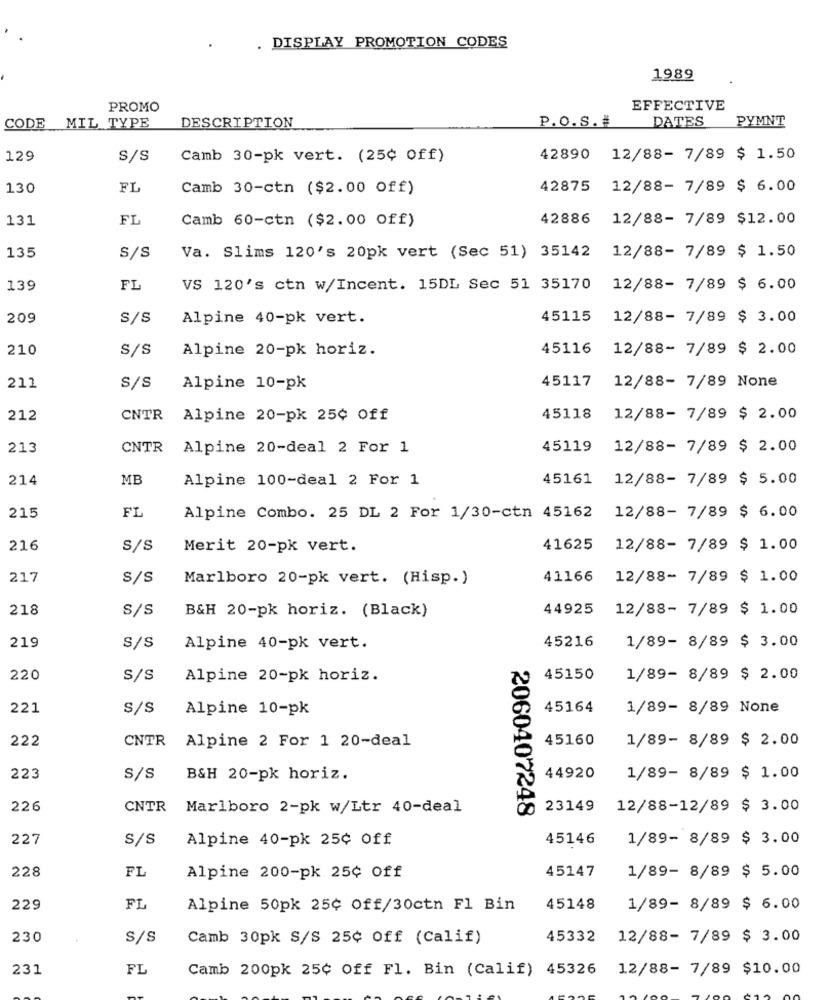
DISPLAY PROMOTION CODES
1989
PROMO
EFFECTIVE
P.O.s.#
DATES
PYMNT
CODE
MIL TYPE
DESCRIPTION
129
S/S
Camb 30-pk vert. (25¢ Off)
42890 12/88- 7/89 $ 1.50
130
FL
Camb 30-ctn ($2.00 Off)
42875 12/88- 7/89 $ 6.00
131
FL
Camb 60-ctn ($2.00 Off)
42886
12/88- 7/89 $12.00
135
Va. Slims 120's 20pk vert (Sec 51) 35142 12/88- 7/89 $ 1.50
S/S
139
FL
VS 120's ctn w/Incent. 15DL Sec 51 35170 12/88- 7/89 $ 6.00
209
S/S
Alpine 40-pk vert.
45115
12/88- 7/89 $ 3.00
210
S/s
Alpine 20-pk horiz.
45116
12/88- 7/89 $ 2.00
45117
12/88- 7/89 None
211
S/S
Alpine 10-pk
212
CNTR Alpine 20-pk 25¢ Off
45118
12/88- 7/89 $ 2.00
213
CNTR Alpine 20-deal 2 For 1
45119
12/88- 7/89 $ 2.00
214
MB
Alpine 100-deal 2 For 1
45161
12/88- 7/89 $ 5.00
215
FL
Alpine Combo. 25 DL 2 For 1/30-ctn 45162
12/88- 7/89 $ 6.00
216
S/s
Merit 20-pk vert.
41625
12/88- 7/89 $ 1.00
217
S/S
Marlboro 20-pk vert. (Hisp.)
41166
12/88- 7/89 $ 1.00
218
s/s
B&H 20-pk horiz. (Black)
44925
12/88- 7/89 $ 1.00
219
S/S
Alpine 40-pk vert.
45216
1/89- 8/89 $ 3.00
220
S/S
Alpine 20-pk horiz.
45150
1/89- 8/89 $ 2.00
221
S/S
Alpine 10-pk
45164
1/89- 8/89 None
222
CNTR
Alpine 2 For 1 20-deal
45160
1/89- 8/89 $ 2.00
223
S/S
B&H 20-pk horiz.
44920
1/89- 8/89 $ 1.00
226
CNTR
Marlboro 2-pk w/Ltr 40-deal
23149
12/88-12/89 $ 3.00
2060407248
227
S/S
Alpine 40-pk 25¢ Off
45146
1/89- 8/89 $ 3.00
228
FL
Alpine 200-pk 25¢ Off
45147
1/89- 8/89 $ 5.00
229
FL
Alpine 50pk 25¢ Off/30ctn Fl Bin
45148
1/89- 8/89 $ 6.00
230
S/s
Camb 30pk S/S 25¢ Off (Calif)
45332
12/88- 7/89 $ 3.00
231
FL
Camb 200pk 25¢ Off Fl. Bin (Calif) 45326 12/88- 7/89 $10.00